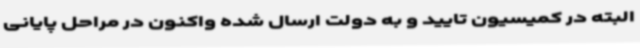
البته در کمیسیون تایید و به دولت ارسال شده واکنون در مراحل پایانی